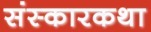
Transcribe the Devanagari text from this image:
संस्कारकथा